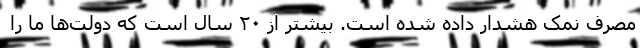
مصرف نمک هشدار داده شده است. بیشتر از ۲۰ سال است که دولت‌ها ما را